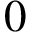
0